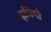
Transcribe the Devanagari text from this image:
इमिगो